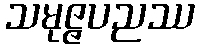
သမုဇ္ဇပညဿ